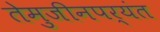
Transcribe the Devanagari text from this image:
तेमुजीनपर्यंत